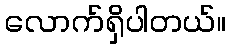
လောက်ရှိပါတယ်။